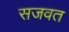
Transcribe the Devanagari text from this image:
सजवत